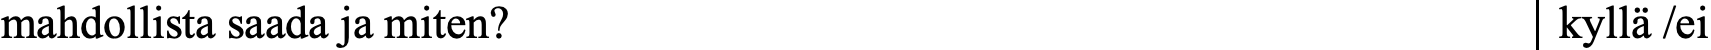
mahdollista saada ja miten?                        kyllä /ei